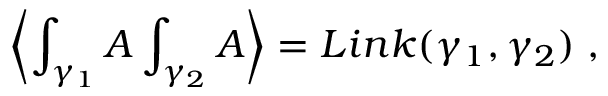
\left\langle \int _ { \gamma _ { 1 } } A \int _ { \gamma _ { 2 } } A \right\rangle = L i n k ( \gamma _ { 1 } , \gamma _ { 2 } ) \; ,